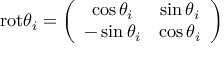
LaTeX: \mathrm { r o t } \theta _ { i } = \left( \begin{array} { c c } { { \cos \theta _ { i } } } & { { \sin \theta _ { i } } } \\ { { - \sin \theta _ { i } } } & { { \cos \theta _ { i } } } \end{array} \right)